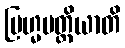
ဗြဟ္မပတ္တိယာတိ